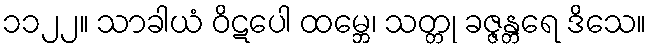
၁၁၂၂။ သာခါယံ ဝိဋပေါ ထမ္ဘေ၊ သတ္တု ခဇ္ဇန္တရေ ဒိသေ။